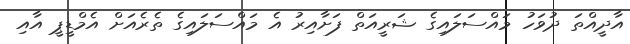
އާދީއްތަ ދުވަހު މައްސަލައިގެ ޝަރީއަތް ފަށާއިރު އެ މައްސަލައިގެ ތެރެއަށް އެމްޑީޕީ އާއި